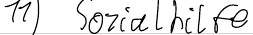
11) Sozialhilfe